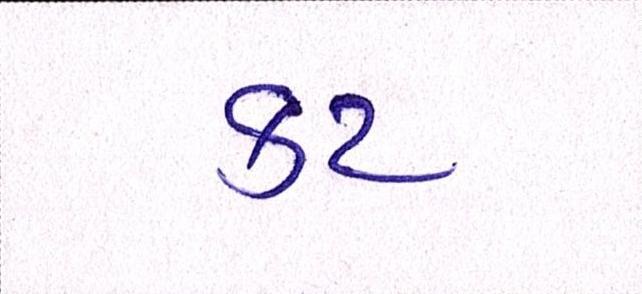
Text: કટ